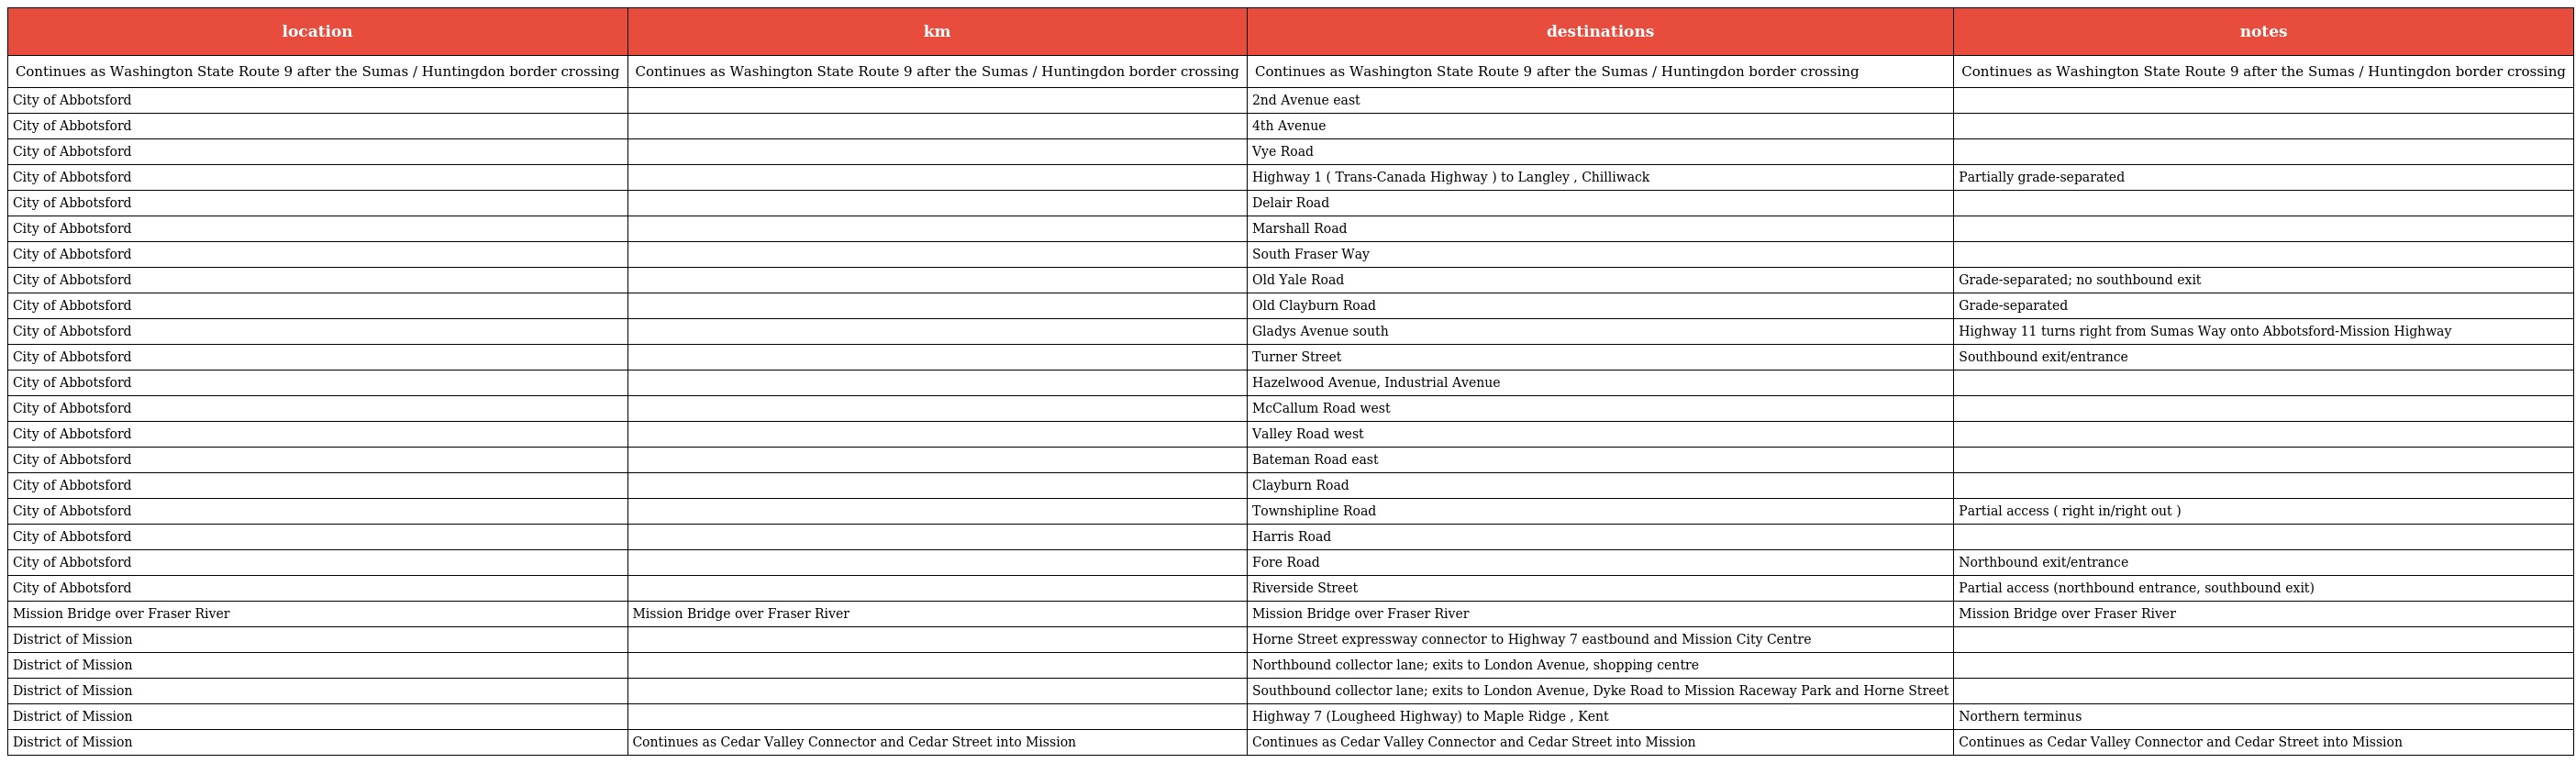
| location | km | destinations | notes |
 | --- | --- | --- | --- |
 | Continues as Washington State Route 9 after the Sumas / Huntingdon border crossing | Continues as Washington State Route 9 after the Sumas / Huntingdon border crossing | Continues as Washington State Route 9 after the Sumas / Huntingdon border crossing | Continues as Washington State Route 9 after the Sumas / Huntingdon border crossing |
 | City of Abbotsford |  | 2nd Avenue east |  |
 | City of Abbotsford |  | 4th Avenue |  |
 | City of Abbotsford |  | Vye Road |  |
 | City of Abbotsford |  | Highway 1 ( Trans-Canada Highway ) to Langley , Chilliwack | Partially grade-separated |
 | City of Abbotsford |  | Delair Road |  |
 | City of Abbotsford |  | Marshall Road |  |
 | City of Abbotsford |  | South Fraser Way |  |
 | City of Abbotsford |  | Old Yale Road | Grade-separated; no southbound exit |
 | City of Abbotsford |  | Old Clayburn Road | Grade-separated |
 | City of Abbotsford |  | Gladys Avenue south | Highway 11 turns right from Sumas Way onto Abbotsford-Mission Highway |
 | City of Abbotsford |  | Turner Street | Southbound exit/entrance |
 | City of Abbotsford |  | Hazelwood Avenue, Industrial Avenue |  |
 | City of Abbotsford |  | McCallum Road west |  |
 | City of Abbotsford |  | Valley Road west |  |
 | City of Abbotsford |  | Bateman Road east |  |
 | City of Abbotsford |  | Clayburn Road |  |
 | City of Abbotsford |  | Townshipline Road | Partial access ( right in/right out ) |
 | City of Abbotsford |  | Harris Road |  |
 | City of Abbotsford |  | Fore Road | Northbound exit/entrance |
 | City of Abbotsford |  | Riverside Street | Partial access (northbound entrance, southbound exit) |
 | Mission Bridge over Fraser River | Mission Bridge over Fraser River | Mission Bridge over Fraser River | Mission Bridge over Fraser River |
 | District of Mission |  | Horne Street expressway connector to Highway 7 eastbound and Mission City Centre |  |
 | District of Mission |  | Northbound collector lane; exits to London Avenue, shopping centre |  |
 | District of Mission |  | Southbound collector lane; exits to London Avenue, Dyke Road to Mission Raceway Park and Horne Street |  |
 | District of Mission |  | Highway 7 (Lougheed Highway) to Maple Ridge , Kent | Northern terminus |
 | District of Mission | Continues as Cedar Valley Connector and Cedar Street into Mission | Continues as Cedar Valley Connector and Cedar Street into Mission | Continues as Cedar Valley Connector and Cedar Street into Mission |